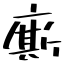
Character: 廝